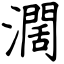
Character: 濶